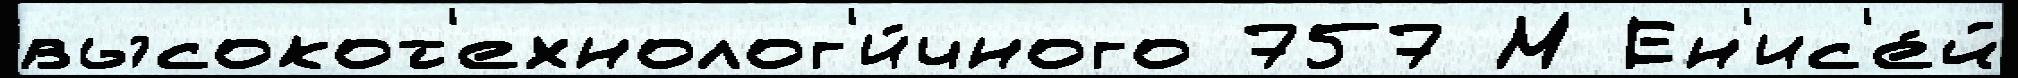
высокот'ехнолог'и́чного 757 М Ен'ис'е́й